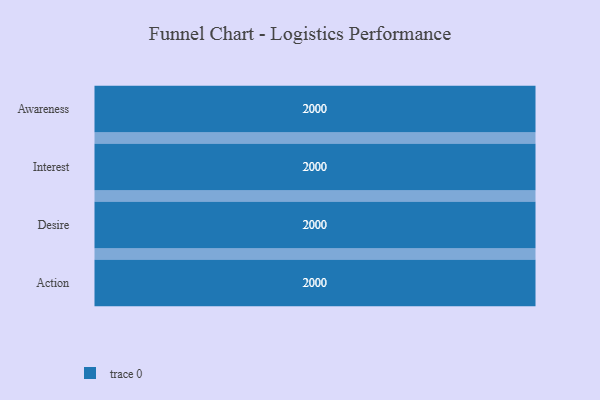
{"axis": {"x": "Stage", "y": "Value"}, "legend": [""], "data": [{"x": "Awareness", "y": 2000, "type": ""}, {"x": "Interest", "y": 2000, "type": ""}, {"x": "Desire", "y": 2000, "type": ""}, {"x": "Action", "y": 2000, "type": ""}]}